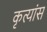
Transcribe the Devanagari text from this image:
कृत्यांस